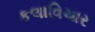
કલાવિચાર